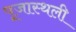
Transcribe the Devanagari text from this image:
पूजास्थली